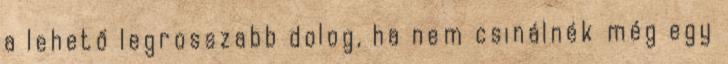
a lehető legrosszabb dolog, ha nem csinálnék még egy